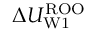
\Delta U _ { \mathrm { W 1 } } ^ { \mathrm { R O O } }